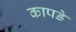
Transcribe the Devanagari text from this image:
कापडे